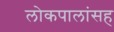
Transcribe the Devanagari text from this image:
लोकपालांसह